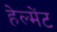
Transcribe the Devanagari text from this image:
हेल्मेंट